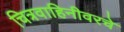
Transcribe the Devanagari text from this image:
चित्रवाहिनीवरचे